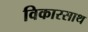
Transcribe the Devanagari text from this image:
विकारसाथ